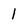
Character: 1